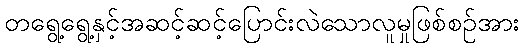
တရွေ့ရွေ့နှင့်အဆင့်ဆင့်ပြောင်းလဲသောလူမှုဖြစ်စဉ်အား